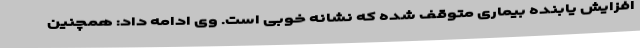
افزایش یابنده بیماری متوقف شده که نشانه خوبی است. وی ادامه داد: همچنین